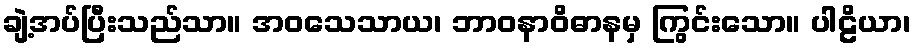
ချဲ့အပ်ပြီးသည်သာ။ အဝသေသာယ၊ ဘာဝနာဝိဓာနမှ ကြွင်းသော။ ပါဠိယာ၊